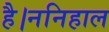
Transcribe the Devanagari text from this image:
है।ननिहाल